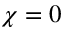
\chi = 0